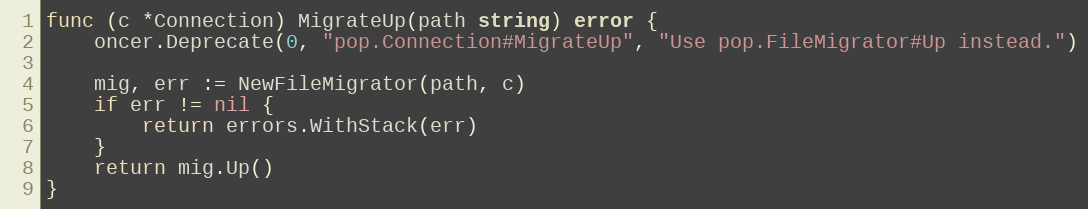
Language: Go
func (c *Connection) MigrateUp(path string) error {
	oncer.Deprecate(0, "pop.Connection#MigrateUp", "Use pop.FileMigrator#Up instead.")

	mig, err := NewFileMigrator(path, c)
	if err != nil {
		return errors.WithStack(err)
	}
	return mig.Up()
}